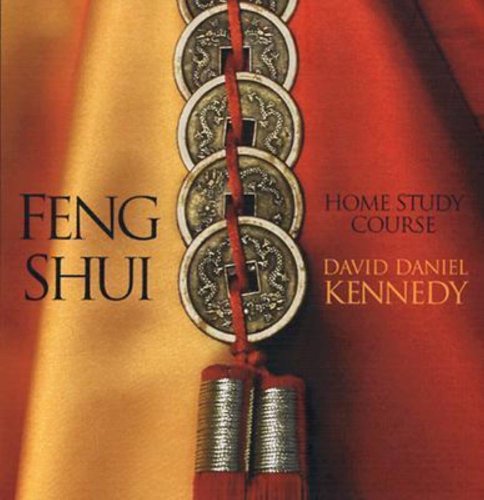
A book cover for Feng Shui Home Study Course; David Daniel Kennedy; Religion & Spirituality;